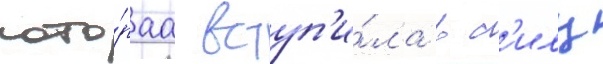
кото́раа вступ'и́ла в с'илу